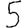
Digit: 5